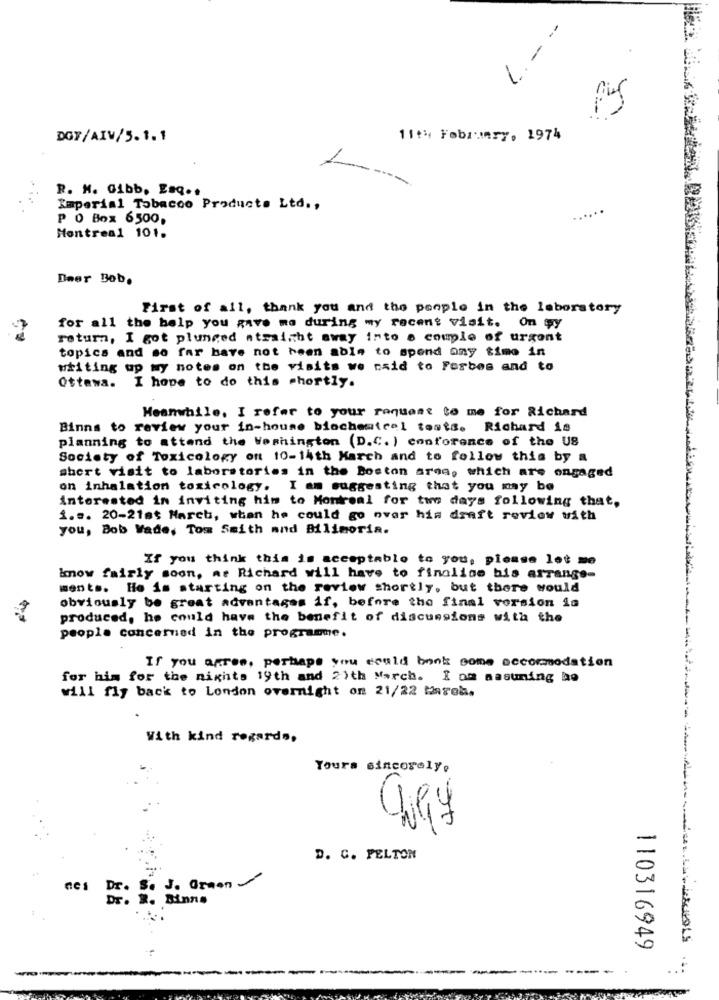
1. - --
DGF/AIV/5.1.1
11th Fobrummry, 1974
R. H. Gibb, Esq ..
Imperial Tobacco Products Ltd .,
......
P O Box 6500,
Montreal 101.
Deer Bob.
First of all, thank you and the people in the laboratory
for all the help you gave me during my recent visit. On wy
return, I got plunged atrainht away into a couple of urgent
topics and so far have not been able to spend any time in
whiting up my notes on the visits we said to Forbes and to
Ottawa. I hope to do this shortly.
Meanwhile, I refer to your request to me for Richard
Binns to review your in-house biochemical touts. Richard is
planning to attend the Washington (D.C. ) conforence of the US
Society of Toxicology on 10-14th March and to follow this by a
short visit to laboratories in the Boston area, which are engaged
on inhalation toxicology. I am suggesting that you may be
Interested in inviting him to Montreal for two days following that,
1 ... 20-21st March, when he could go over his draft review with
you, Bob Wade, Tom Smith and Bilimoria.
If you think this is acceptable to you, please let me
know fairly soon, at Richard will have to finalice bis arrange-
ments. He is starting on the review shortly, but there would
obviously be great advantages if, before the final version ia
produced, he could have the benefit of discussions with the
people concerned in the programme.
If you agree, perhaps you could bank come accommodation
for him for the nights 19th and 2)th March. I om assuming he
will fly back to London overnight on 21/22 fareb.
With kind regards,
Yours sincerely,
40
D. C. PELTON
S. J. Orman
ces
110316949
-